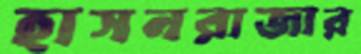
হাসনরাজার